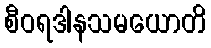
စီဝရဒါနသမယောတိ